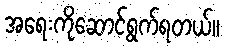
အရေးကိုဆောင်ရွက်ရတယ်။